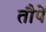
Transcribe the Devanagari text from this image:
तौपें